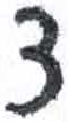
אות: צ